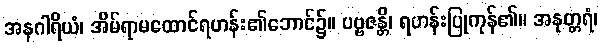
အနဂါရိယံ၊ အိမ်ရာမထောင်ရဟန်း၏ဘောင်၌။ ပဗ္ဗဇန္တိ၊ ရဟန်းပြုကုန်၏။ အနုတ္တရံ၊